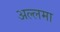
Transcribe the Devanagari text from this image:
अल्‍लमा